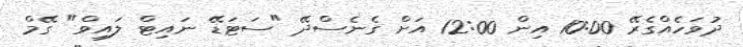
ދުވަހެއްގެރޭ 10:00 އިން 12:00 އަށް ގެނެސްދޭ "ސަޓަޑޭ ނައިޓް ލައިވް" ގޭމް